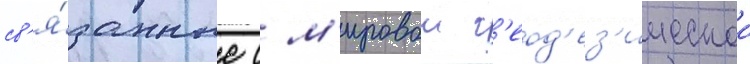
св'я́занные с м'ировои г'еод'ез'ическои